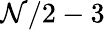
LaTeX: \mathcal{N}/2-3